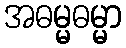
အဓမ္မဓမ္မာ